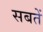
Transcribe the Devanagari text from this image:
सबतें